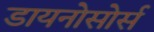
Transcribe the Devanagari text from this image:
डायनोसोर्स